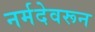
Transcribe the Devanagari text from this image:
नर्मदेवरून